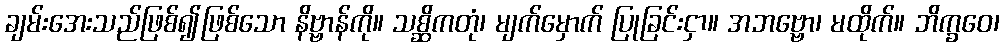
ချမ်းအေးသည်ဖြစ်၍ဖြစ်သော နိဗ္ဗာန်ကို။ သစ္ဆိကတုံ၊ မျက်မှောက် ပြုခြင်းငှာ။ အဘဗ္ဗော၊ မထိုက်။ ဘိက္ခဝေ၊